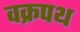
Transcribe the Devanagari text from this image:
वक्रपथ